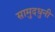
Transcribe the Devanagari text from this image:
सामुदधुनी